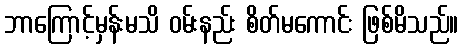
ဘာကြောင့်မှန်းမသိ ဝမ်းနည်း စိတ်မကောင်း ဖြစ်မိသည်။